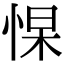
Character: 𭝑